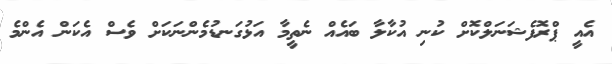
އެއީ ޕްރޮފެޝަނަލްކޮށް ކުނި އުކާލާ ބައެއް ނެތީމާ އަޅުގަނޑުމެންނަކަށް ވެސް އެކަން އެންމެ